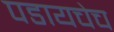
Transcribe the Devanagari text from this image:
पडायचेच